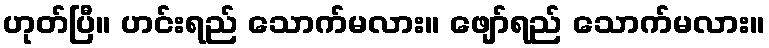
ဟုတ်ပြီ။ ဟင်းရည် သောက်မလား။ ဖျော်ရည် သောက်မလား။